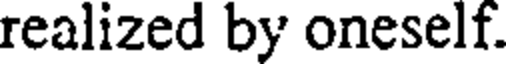
realized by oneself.